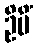
ဦမိံ